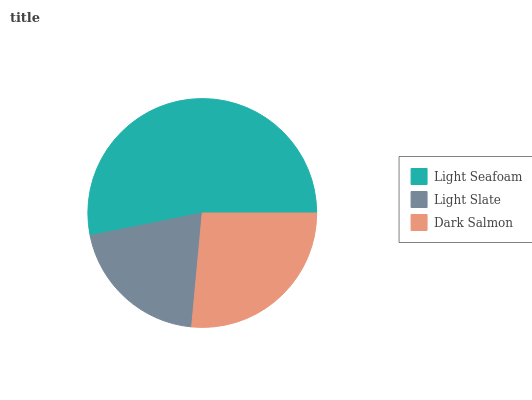
| Light Seafoam | Light Slate | Dark Salmon |
 | --- | --- | --- |
 | 53.2% | 20.4% | 26.4% |